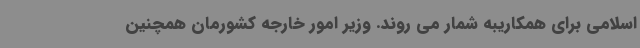
اسلامی برای همکاریبه شمار می روند. وزیر امور خارجه کشورمان همچنین